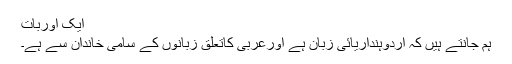
ایک اوربات
ہم جانتے ہیں کہ اردوہندآریائی زبان ہے اورعربی کاتعلق زبانوں کے سامی خاندان سے ہے۔